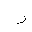
Letter: _ra